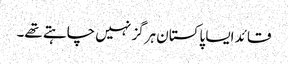
قائد ایسا پاکستان ہرگز نہیں چاہتے تھے۔